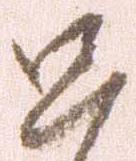
只